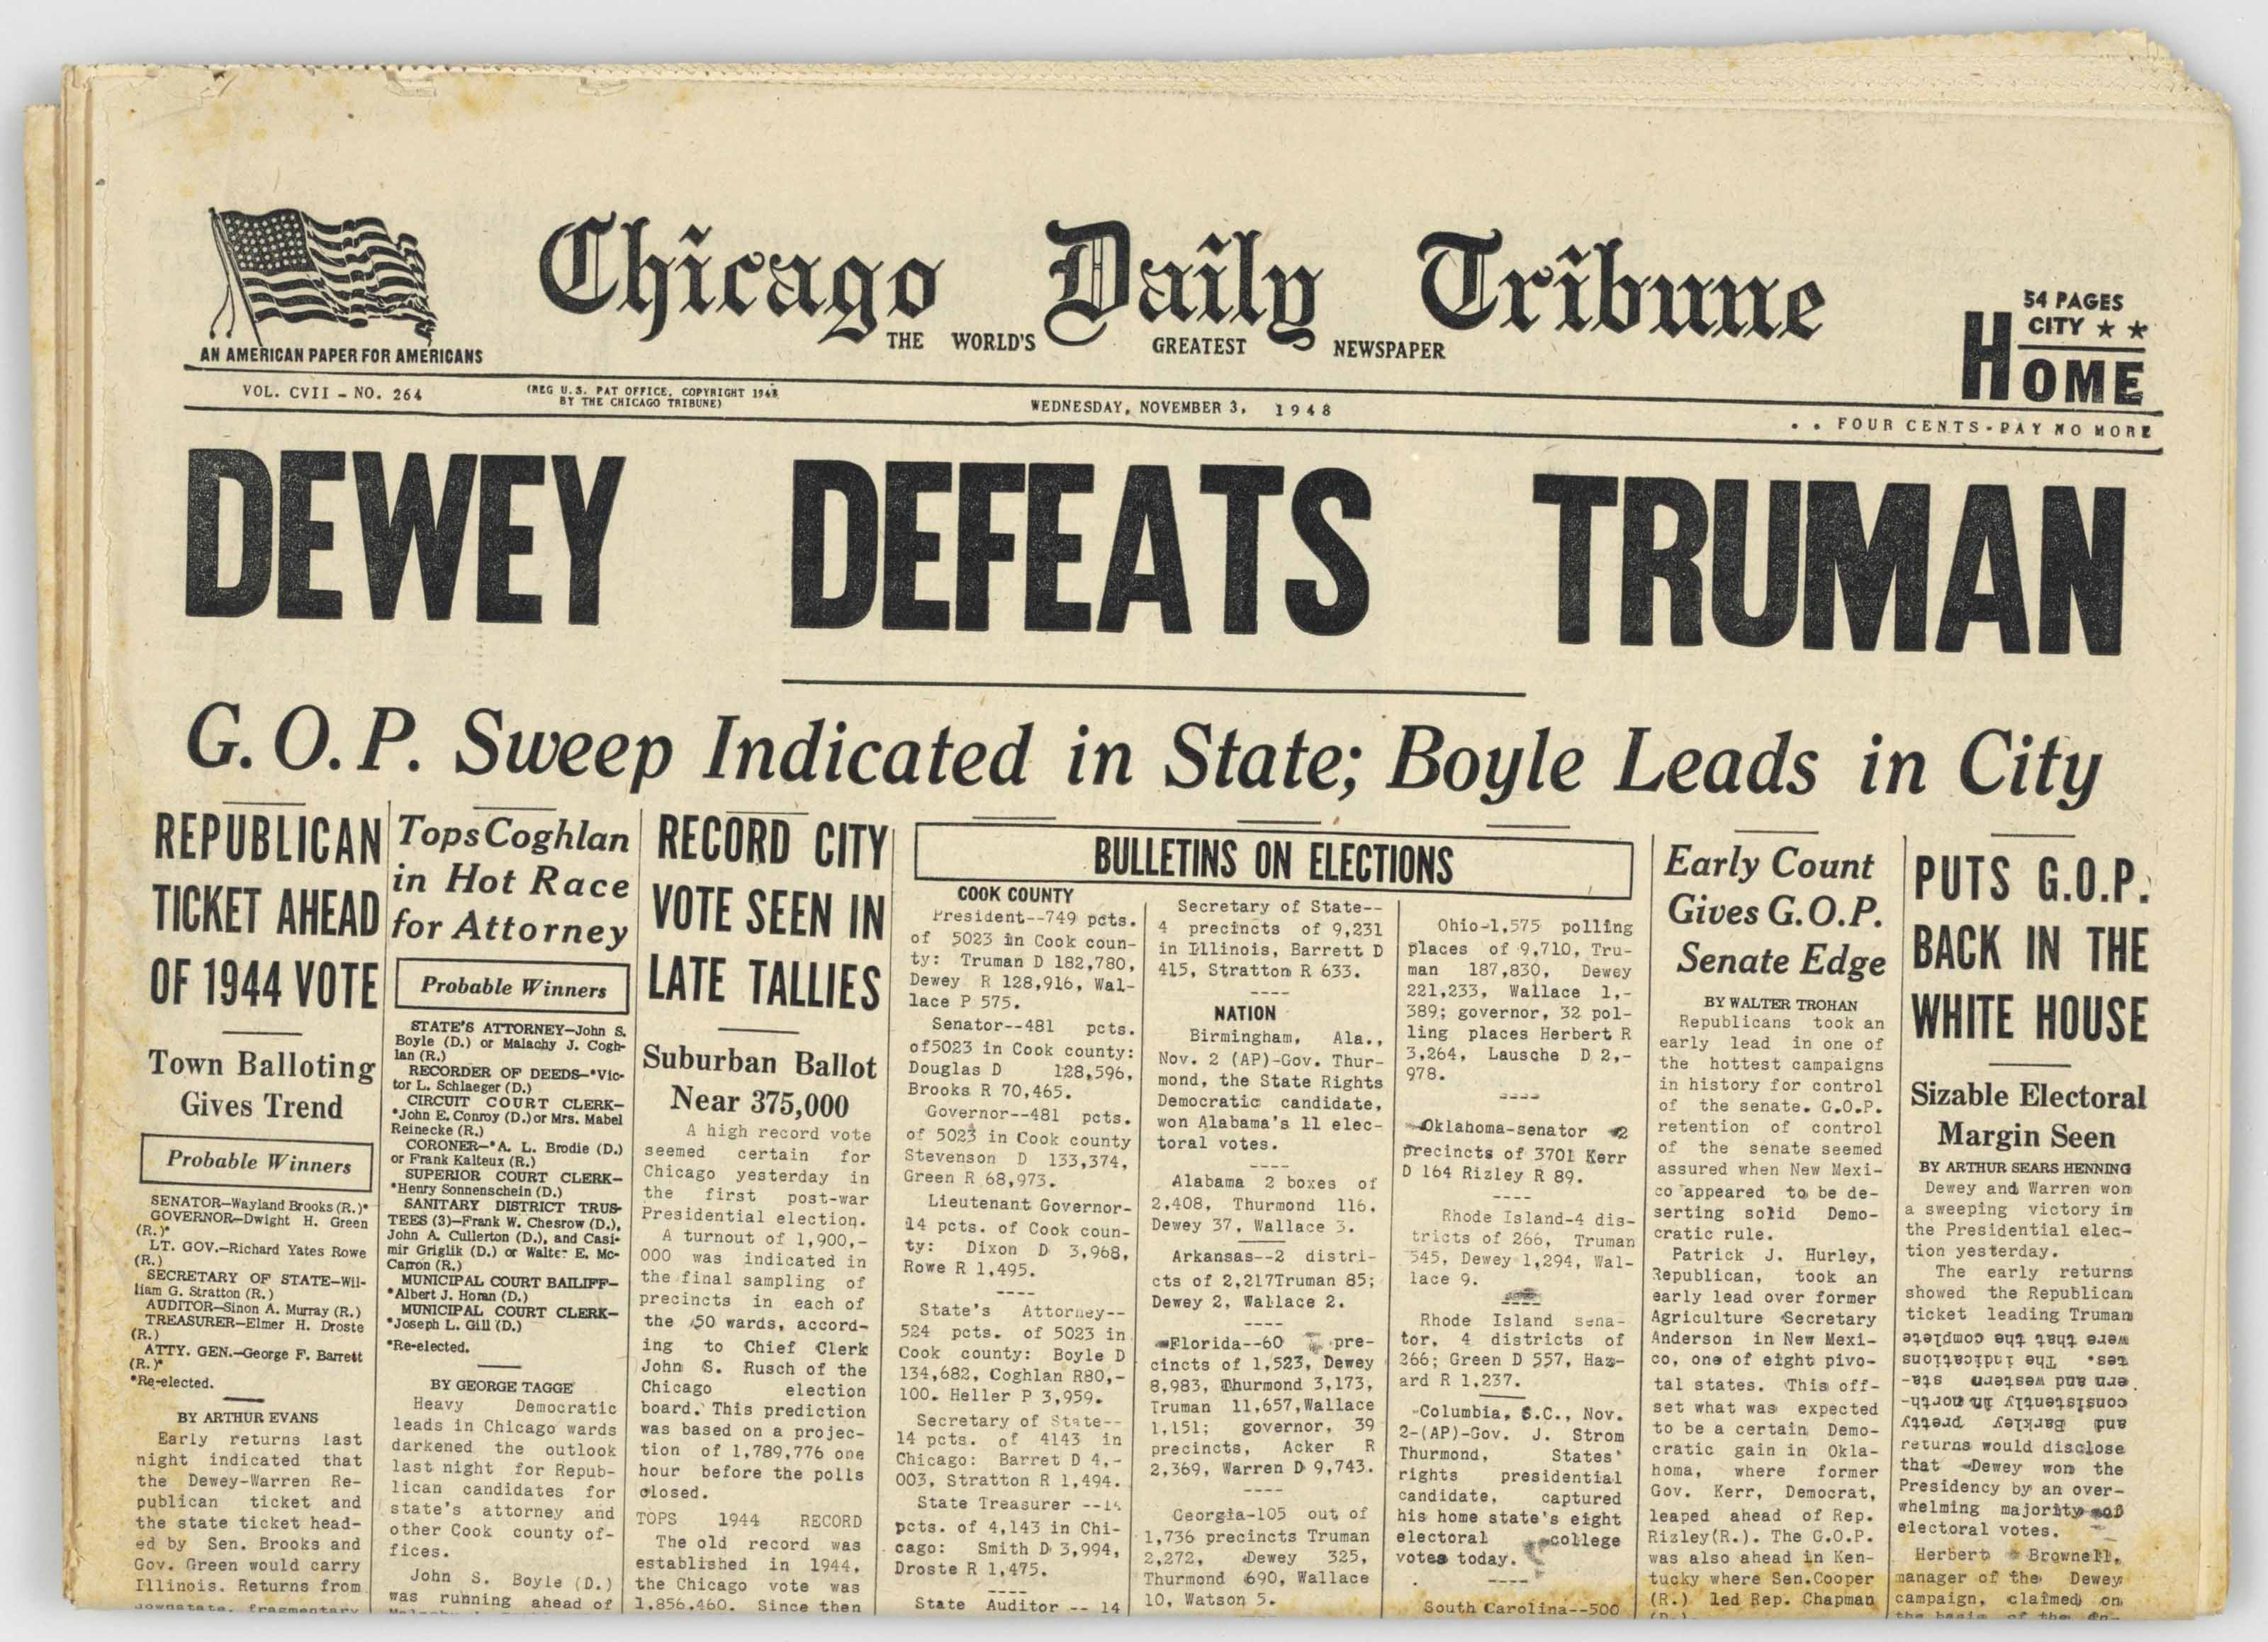
Language: en